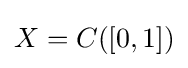
X=C([0,1])